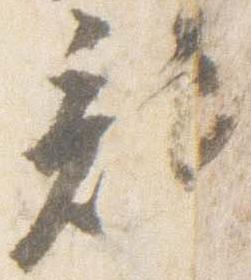
記